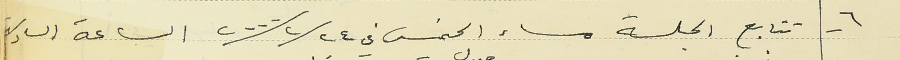
٦ - تتابع الجلسة مساء الخميس في ٢٠٠٠/٢/٢٤ الساعة السادسة